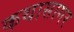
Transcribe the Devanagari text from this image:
कथासागर